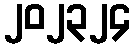
၂၀၂၃၂၄